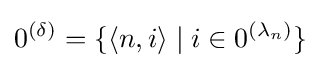
0^{(\delta )}=\{\langle n,i\rangle \mid i\in 0^{(\lambda _{n})}\}